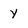
Character: Y